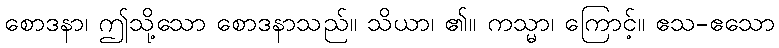
စောဒနာ၊ ဤသို့သော စောဒနာသည်။ သိယာ၊ ၏။ ကသ္မာ၊ ကြောင့်။ ဧသ-ဧသော